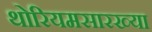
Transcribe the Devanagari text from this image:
थोरियमसारख्या